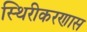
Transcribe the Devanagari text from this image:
स्थिरीकरणास